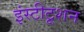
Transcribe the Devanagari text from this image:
इंस्टीटूशन